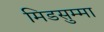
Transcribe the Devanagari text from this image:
मिडसुम्मा